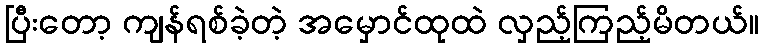
ပြီးတော့ ကျန်ရစ်ခဲ့တဲ့ အမှောင်ထုထဲ လှည့်ကြည့်မိတယ်။